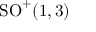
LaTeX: \mathrm { S O } ^ { + } ( 1 , 3 )